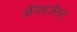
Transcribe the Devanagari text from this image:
ॲयडजेस्ट